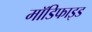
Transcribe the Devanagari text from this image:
माॅडिफाइड